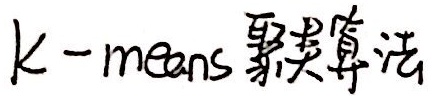
K - means 聚类算法